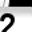
Digit: 2